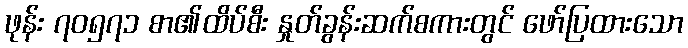
ဖုန်း ၇၀၅၇၁ စာ၏ထိပ်စီး နှုတ်ခွန်းဆက်စကားတွင် ဖော်ပြထားသော